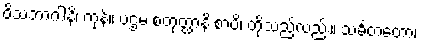
ဝိသဘာဂါနိ၊ ကုန်။ ပဌမ စတုတ္ထာနိ စာပိ၊ တို့သည်လည်း။ သင်္ခတတော၊